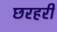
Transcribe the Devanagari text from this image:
छरहरी